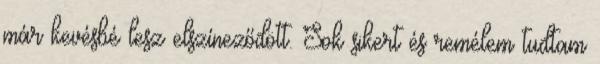
már kevésbé lesz elszíneződött. Sok sikert és remélem tudtam